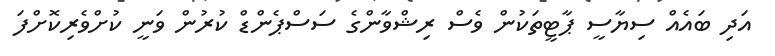
އަދި ބައެއް ސިޔާސީ ޕާޓީތަކުން ވެސް ރިޝްވާންގެ ސަސްޕެންޑް ކުރުން ވަނީ ކުށްވެރިކޮށްފަ